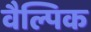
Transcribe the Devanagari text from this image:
वैल्पिक